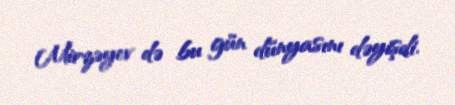
Mirzəyev də bu gün dünyasını dəyişdi.